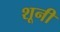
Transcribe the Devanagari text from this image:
शूनी